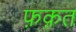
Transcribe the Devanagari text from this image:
फ़क़त